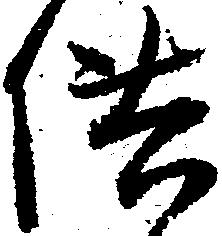
供